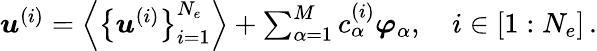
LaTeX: \begin{array}{r}{\boldsymbol{u}^{(i)}=\left\langle\left\{ \boldsymbol{u}^{(i)}\right\} _{i=1}^{N_{e}}\right\rangle+\sum_{\alpha=1}^{M}c_{\alpha}^{(i)}\boldsymbol{\varphi}_{\alpha},\quad i\in[1:N_{e}]\, .}\end{array}